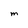
Character: M